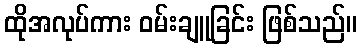
ထိုအလုပ်ကား ဝမ်းချူခြင်း ဖြစ်သည်။